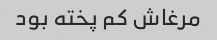
مرغاش کم پخته بود